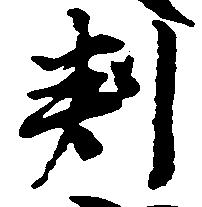
判